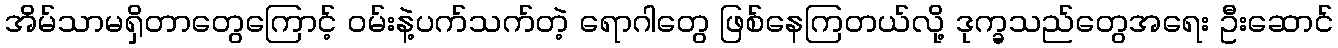
အိမ်သာမရှိတာတွေကြောင့် ဝမ်းနဲ့ပက်သက်တဲ့ ရောဂါတွေ ဖြစ်နေကြတယ်လို့ ဒုက္ခသည်တွေအရေး ဦးဆောင်